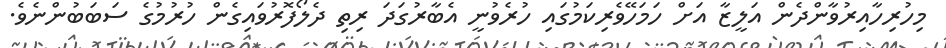
މިހުރިހާއިރުވާންދެން އަލީޒާ އަށް ހަމަހޭވެރިކަމުގައި ހުރެވުނީ އެބާރުގަދަ ރިތި ދެލޯފޮރުވައިގެން ހުރުމުގެ ސަބަބުންނެވެ.